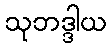
သုဘဒ္ဒါယ